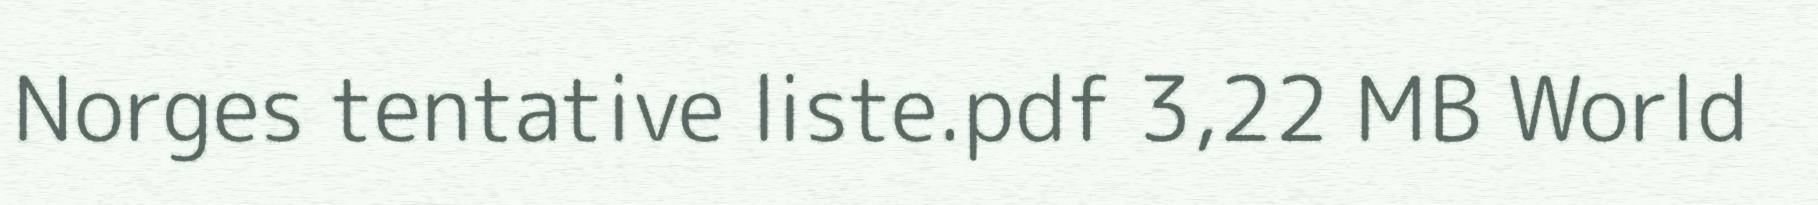
Norges tentative liste.pdf 3,22 MB World